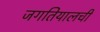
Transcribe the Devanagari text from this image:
जगतियालची